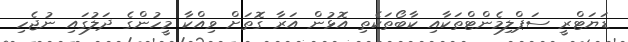
ޑަޔަޓްރީ ސަޕްލިމެންޓްތަކާއި ކާބޯތަކެތި އޮޅުން އަރާ ގޮތަށް ވިއްކާ މީހުންގެ ދަލުގައި ނުޖެހި